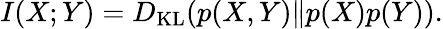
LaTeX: I(X;Y)=D_{\mathrm{KL}}(p(X,Y)\| p(X)p(Y)).